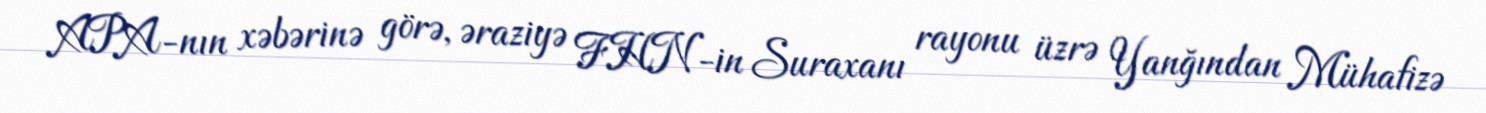
APA-nın xəbərinə görə, əraziyə FHN-in Suraxanı rayonu üzrə Yanğından Mühafizə